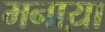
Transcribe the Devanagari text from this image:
मनाय़ा